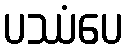
ပဿံပေ